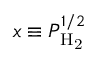
x \equiv P _ { \mathrm { H _ { 2 } } } ^ { 1 / 2 }